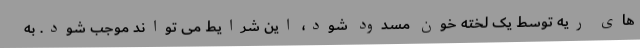
های ریه توسط یک لخته خون مسدود شود، این شرایط می تواند موجب شود. به